Indian journal of veterinary science and animal husbandry - Volume 7,
Year: 1937
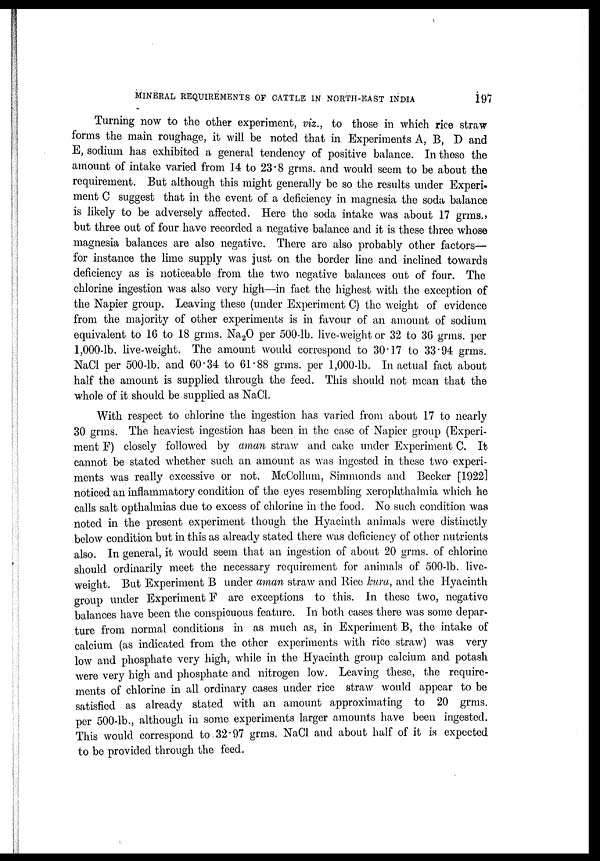
MINERAL REQUIREMENTS OF CATTLE IN NORTH-EAST INDIA
197
Turning now to the other experiment, viz., to those in which rice straw
forms the main roughage, it will be noted that in Experiments A, B, D and
E, sodium has exhibited a general tendency of positive balance. In these the
amount of intake varied from 14 to 23.8 grms. and would seem to be about the
requirement. But although this might generally be so the results under Experi-
ment C suggest that in the event of a deficiency in magnesia the soda balance
is likely to be adversely affected. Here the soda intake was about 17 grms.,
but three out of four have recorded a negative balance and it is these three whose
magnesia balances are also negative. There are also probably other factors—
for instance the lime supply was just on the border line and inclined towards
deficiency as is noticeable from the two negative balances out of four. The
chlorine ingestion was also very high—in fact the highest with the exception of
the Napier group. Leaving these (under Experiment C) the weight of evidence
from the majority of other experiments is in favour of an amount of sodium
equivalent to 16 to 18 grms. Na 2 O per 500-lb. live-weight or 32 to 36 grms. per
1,000-lb. live-weight. The amount would correspond to 30.17 to 33.94 grms.
NaCl per 500-lb. and 60.34 to 61.88 grms. per 1,000-lb. In actual fact about
half the amount is supplied through the feed. This should not mean that the
whole of it should be supplied as NaCl.
With respect to chlorine the ingestion has varied from about 17 to nearly
30 grms. The heaviest ingestion has been in the case of Napier group (Experi-
ment F) closely followed by aman straw and cake under Experiment C. It
cannot be stated whether such an amount as was ingested in these two experi-
ments was really excessive or not. McCollum, Simmonds and Becker [1922]
noticed an inflammatory condition of the eyes resembling xerophthalmia which he
calls salt opthalmias due to excess of chlorine in the food. No such condition was
noted in the present experiment though the Hyacinth animals were distinctly
below condition but in this as already stated there was deficiency of other nutrients
also. In general, it would seem that an ingestion of about 20 grms. of chlorine
should ordinarily meet the necessary requirement for animals of 500-lb. live.
weight. But Experiment B under aman straw and Rice kura, and the Hyacinth
group under Experiment F are exceptions to this. In these two, negative
balances have been the conspicuous feature. In both cases there was some depar-
ture from normal conditions in as much as, in Experiment B, the intake of
calcium (as indicated from the other experiments with rice straw) was very
low and phosphate very high, while in the Hyacinth group calcium and potash
were very high and phosphate and nitrogen low. Leaving these, the require-
ments of chlorine in all ordinary cases under rice straw would appear to be
satisfied as already stated with an amount approximating to 20 grms.
per 500-lb., although in some experiments larger amounts have been ingested.
This would correspond to 32.97 grms. NaCl and about half of it is expected
to be provided through the feed.